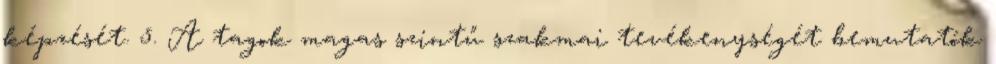
képzését. 5. A tagok magas szintű szakmai tevékenységét bemutatók